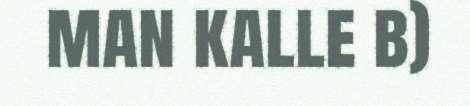
man kalle b)